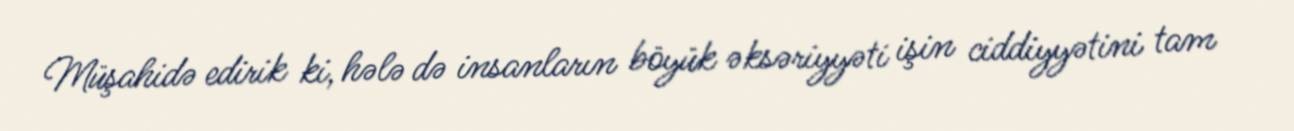
Müşahidə edirik ki, hələ də insanların böyük əksəriyyəti işin ciddiyyətini tam